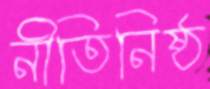
নীতিনিষ্ঠ